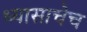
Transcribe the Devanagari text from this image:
ध्यासाचेच